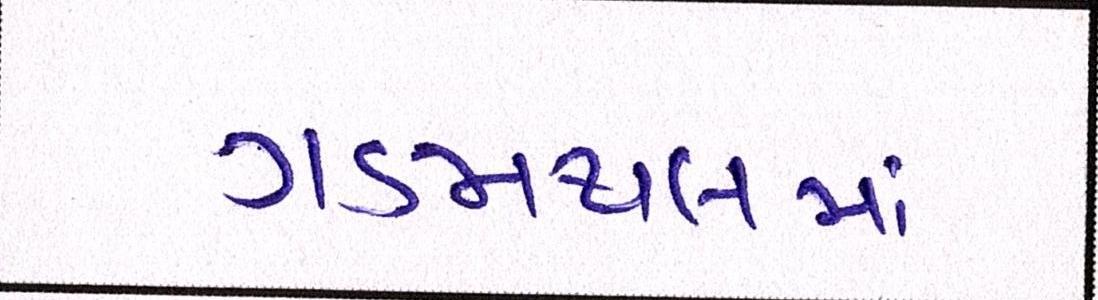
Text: ગડમથલમાં